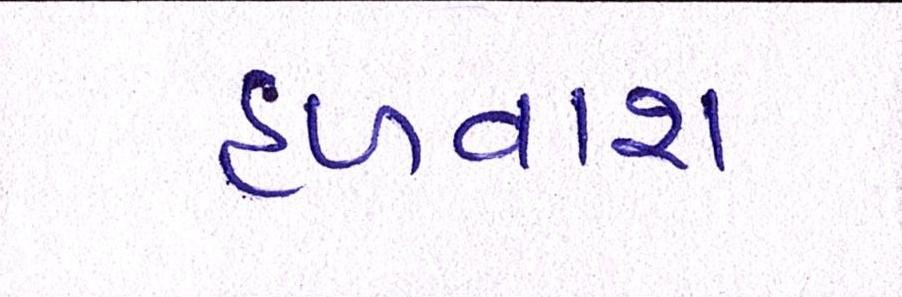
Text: હળવાશ